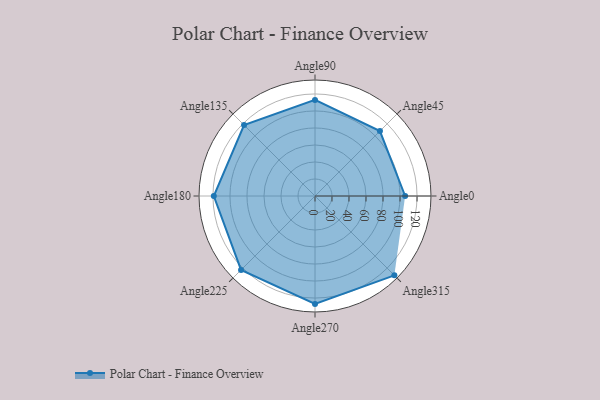
{"axis": {"x": "Angle", "y": "Radius"}, "legend": [""], "data": [{"x": "Angle0", "y": 106.0, "type": ""}, {"x": "Angle45", "y": 108.0, "type": ""}, {"x": "Angle90", "y": 113.0, "type": ""}, {"x": "Angle135", "y": 118.0, "type": ""}, {"x": "Angle180", "y": 119.0, "type": ""}, {"x": "Angle225", "y": 123.0, "type": ""}, {"x": "Angle270", "y": 127.0, "type": ""}, {"x": "Angle315", "y": 132.0, "type": ""}]}